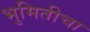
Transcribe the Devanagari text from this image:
भुमितीचा